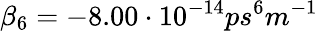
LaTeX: \beta_{6}=-8.00\cdot 10^{-14}ps^{6}m^{-1}